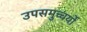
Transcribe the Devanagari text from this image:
उपसमुच्चर्यों